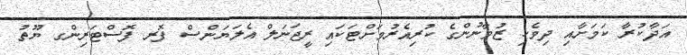
އަދާކުރާ ކަމަށާއި ދިވެހި ޒުވާނުންގެ ކުރިއެރުމަށްޓަކައި ރީޖަނަލް އެލަޔަންސް ފޮރ ފޮސްޓަރިންގ ޔޫތު